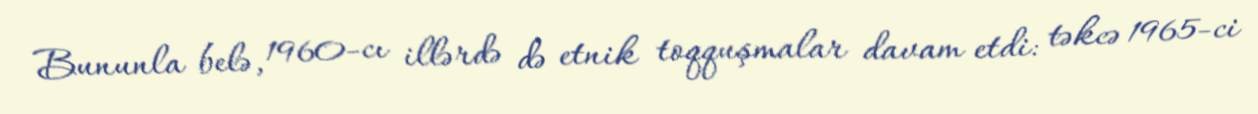
Bununla belə, 1960-cı illərdə də etnik toqquşmalar davam etdi: təkcə 1965-ci